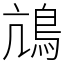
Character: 䲳